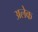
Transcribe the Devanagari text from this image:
अलेक